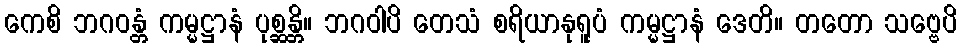
ကေစိ ဘဂဝန္တံ ကမ္မဋ္ဌာနံ ပုစ္ဆန္တိ။ ဘဂဝါပိ တေသံ စရိယာနုရူပံ ကမ္မဋ္ဌာနံ ဒေတိ။ တတော သဗ္ဗေပိ